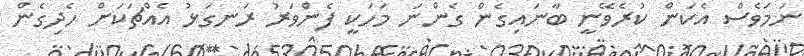
ނަމަވެސް އެކަން ކުރެވޭނީ ބާނައިގެން ގެންނަ މަހަކީ ފެންވަރު ރަނގަޅު އެއްޗަކަށް ހެދިގެން